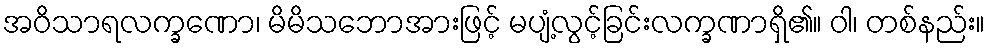
အဝိသာရလက္ခဏော၊ မိမိသဘောအားဖြင့် မပျံ့လွင့်ခြင်းလက္ခဏာရှိ၏။ ဝါ၊ တစ်နည်း။